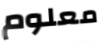
معلوم